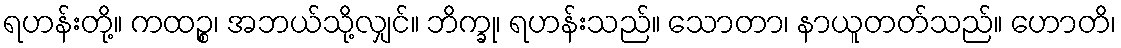
ရဟန်းတို့။ ကထဉ္စ၊ အဘယ်သို့လျှင်။ ဘိက္ခု၊ ရဟန်းသည်။ သောတာ၊ နာယူတတ်သည်။ ဟောတိ၊